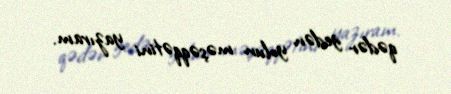
qədər gedən yolun məşəqqətini yazıram.